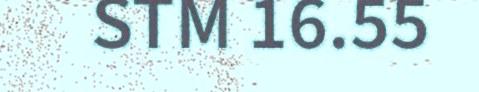
STM 16.55